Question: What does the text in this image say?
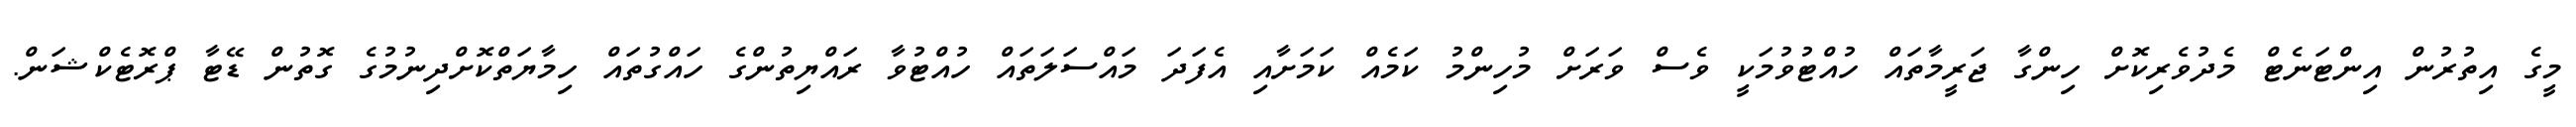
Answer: މީގެ އިތުރުން އިންޓަނެޓް މެދުވެރިކޮށް ހިންގާ ޖަރީމާތައް ހުއްޓުވުމަކީ ވެސް ވަރަށް މުހިންމު ކަމެއް ކަމަށާއި އެފަދަ މައްސަލަތައް ހުއްޓުވާ ރައްޔިތުންގެ ހައްގުތައް ހިމާޔަތްކޮށްދިނުމުގެ ގޮތުން ޑޭޓާ ޕްރޮޓެކްޝަން.